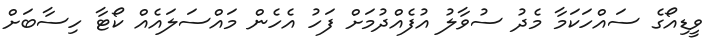
ވީޑިއޯގެ ސައްހަކަމާ މެދު ސުވާލު އުފެއްދުމަށް ފަހު އެހެން މައްސަލައެއް ކޯޓާ ހިސާބަށް